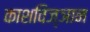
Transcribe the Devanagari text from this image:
काशविज्ञान